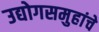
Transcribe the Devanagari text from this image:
उद्योगसमुहांचे